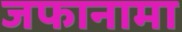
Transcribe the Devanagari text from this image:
जफानामा